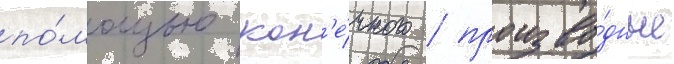
по́мощью кон'е́чного / произво́дные